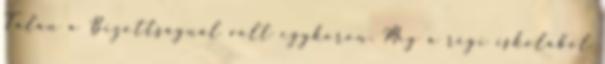
Talán a Bizottságnál volt egykoron. Még a régi iskolából